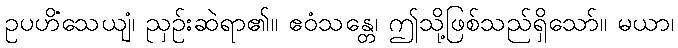
ဥပဟိံသေယျံ၊ ညှဉ်းဆဲရာ၏။ ဧဝံသန္တေ၊ ဤသို့ဖြစ်သည်ရှိသော်။ မယာ၊